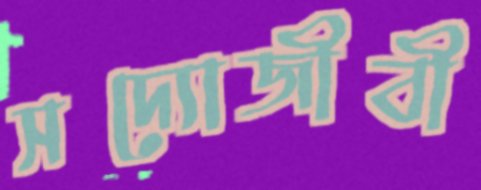
সদ্যোজীবী